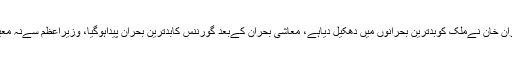
مصطفی نوازکھوکھر کا کہنا تھا عمران خان نےملک کوبدترین بحرانوں میں دھکیل دیاہے، معاشی بحران کےبعد گورننس کابدترین بحران پیداہوگیا، وزیراعظم سےنہ معیشت چل رہی ہےاورنہ خارجی امور۔